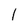
Character: l